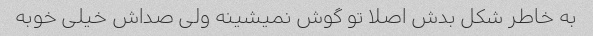
به خاطر شکل بدش اصلا تو گوش نمیشینه ولی صداش خیلی خوبه